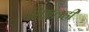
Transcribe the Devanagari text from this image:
सिग्नलही